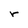
Character: r